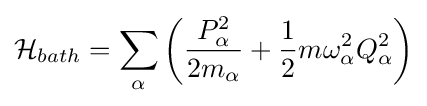
{\mathcal {H}}_{bath}=\sum _{\alpha }\left({\frac {P_{\alpha }^{2}}{2m_{\alpha }}}+{\frac {1}{2}}m\omega _{\alpha }^{2}Q_{\alpha }^{2}\right)